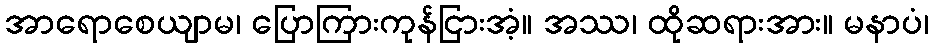
အာရောစေယျာမ၊ ပြောကြားကုန်ငြားအံ့။ အဿ၊ ထိုဆရားအား။ မနာပံ၊